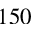
1 5 0